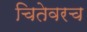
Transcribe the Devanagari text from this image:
चितेवरच